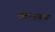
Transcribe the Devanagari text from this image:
बंकटलालाच्या